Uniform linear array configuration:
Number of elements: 24
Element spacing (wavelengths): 0.5
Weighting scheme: binomial
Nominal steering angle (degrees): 60
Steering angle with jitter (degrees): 58.067
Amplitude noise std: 0.05
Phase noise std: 0.05

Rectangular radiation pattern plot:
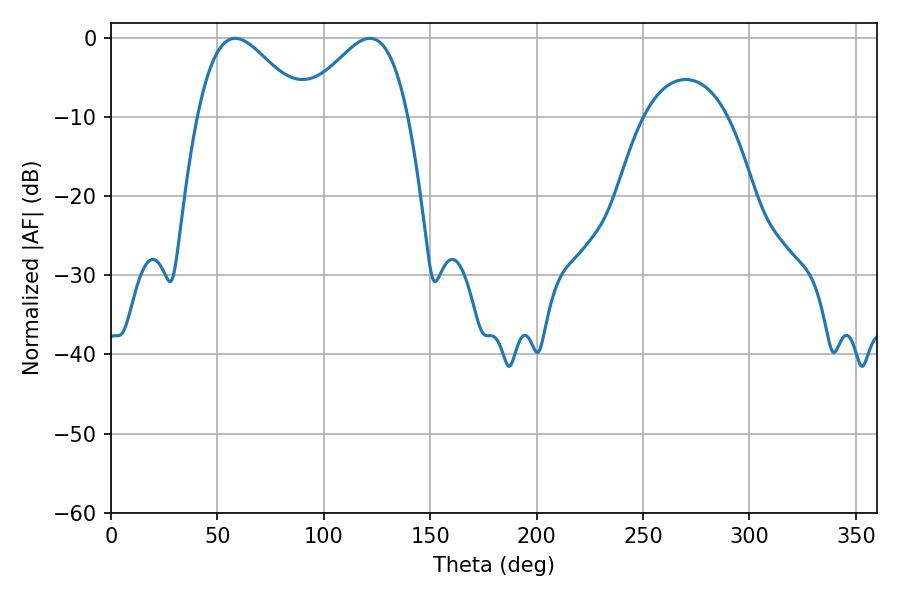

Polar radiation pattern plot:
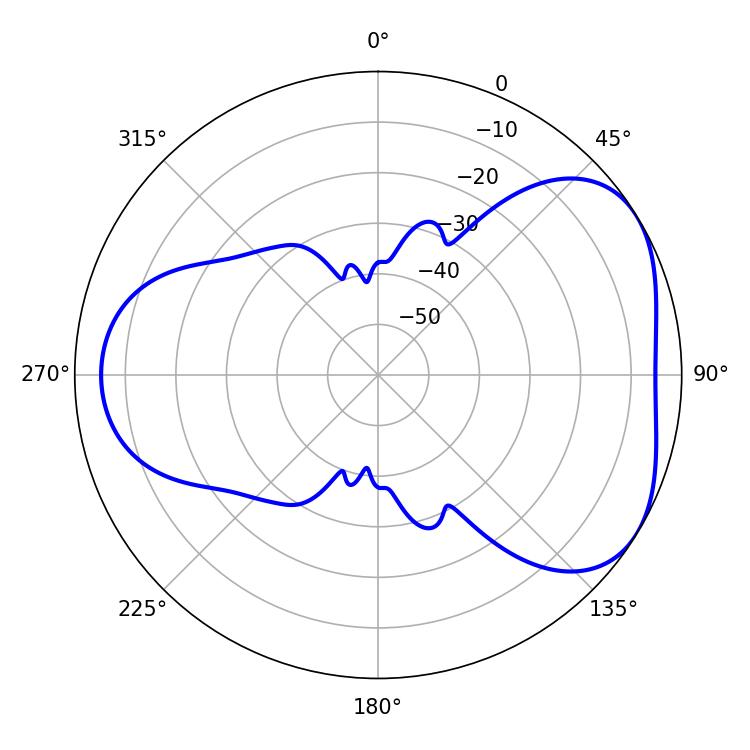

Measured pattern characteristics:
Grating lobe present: FALSE
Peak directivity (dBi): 4.442
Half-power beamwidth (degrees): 26.64
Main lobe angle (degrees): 58.32